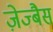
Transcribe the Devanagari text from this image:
ज़ेज्बैस